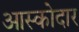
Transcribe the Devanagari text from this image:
आस्कोदार